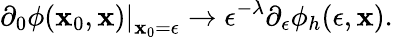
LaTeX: \left.\partial_{0}\phi(\mathbf{x}_{0},{\mathbf{\mathbf{x}}})\right|_{\mathbf{x}_{0}=\epsilon}\to\epsilon^{-\lambda}\partial_{\epsilon}\phi_{h}(\epsilon,{\mathbf{\mathbf{x}}}).